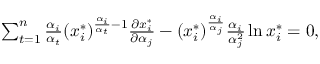
\begin{array} { r } { \sum _ { t = 1 } ^ { n } \frac { \alpha _ { i } } { \alpha _ { t } } ( x _ { i } ^ { * } ) ^ { \frac { \alpha _ { i } } { \alpha _ { t } } - 1 } \frac { \partial x _ { i } ^ { * } } { \partial \alpha _ { j } } - ( x _ { i } ^ { * } ) ^ { \frac { \alpha _ { i } } { \alpha _ { j } } } \frac { \alpha _ { i } } { \alpha _ { j } ^ { 2 } } \ln x _ { i } ^ { * } = 0 , } \end{array}